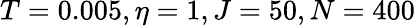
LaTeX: T=0.005,\eta=1,J=50,N=400